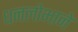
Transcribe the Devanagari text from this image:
धनलोभाने